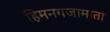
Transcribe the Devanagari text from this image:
हिमनगजामाता